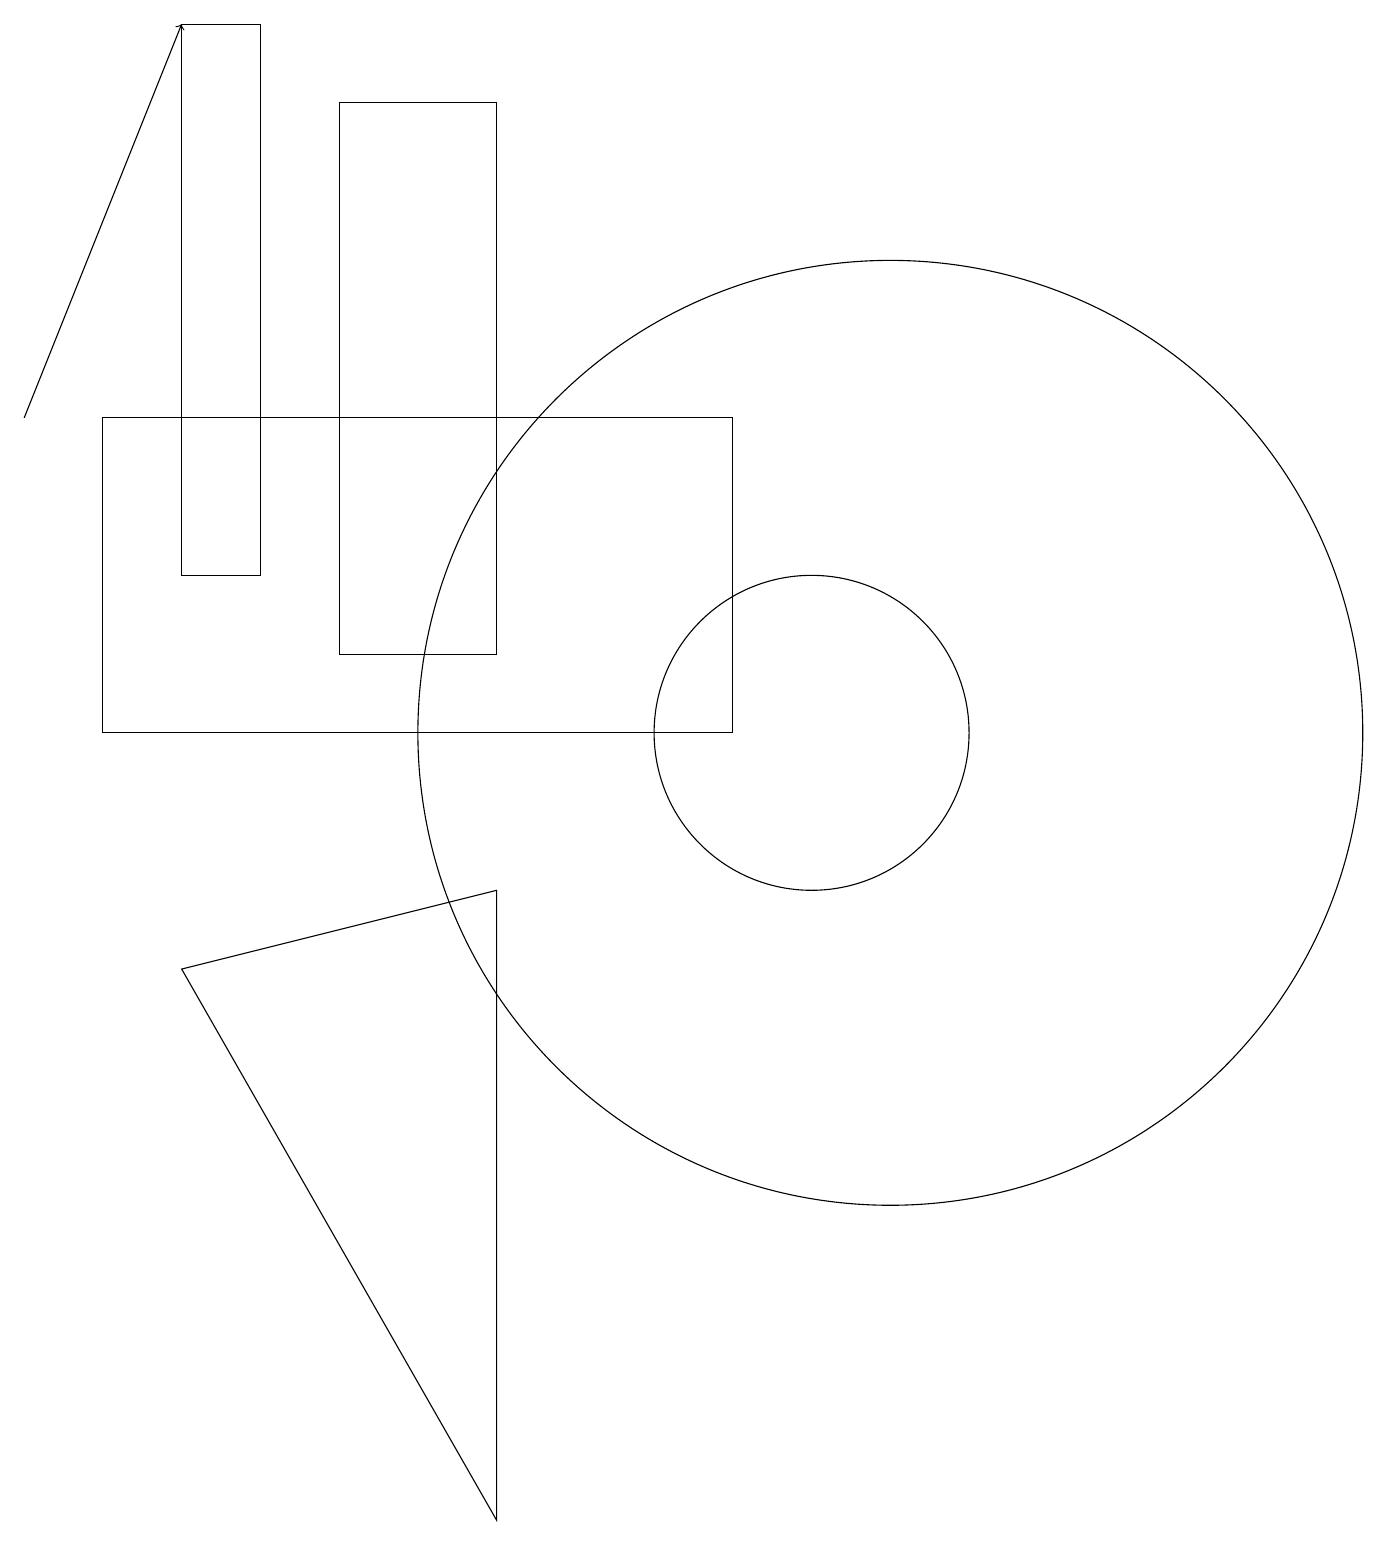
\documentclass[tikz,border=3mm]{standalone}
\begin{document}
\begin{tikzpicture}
\draw (6,0) -- (2,7) -- (6,8) -- cycle;
\draw (6,18) rectangle (4,11);
\draw (11,10) circle (6);
\draw (9,10) rectangle (1,14);
\draw (10,10) circle (2);
\draw[->] (0,14) -- (2,19);
\draw (3,12) rectangle (2,19);
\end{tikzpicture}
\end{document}